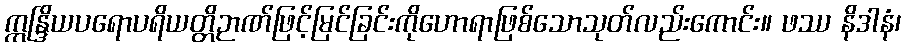
ဣန္ဒြိယပရောပရိယတ္တိဉာဏ်ဖြင့်မြင်ခြင်းကိုဟောရာဖြစ်သောသုတ်လည်းကောင်း။ ဖဿ နိဒါနံ၊